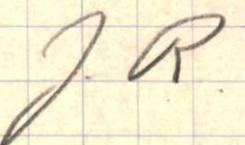
J. R.